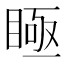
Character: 𥈂